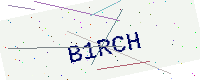
Text: B1RCH